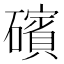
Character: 礗